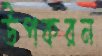
উপকরন